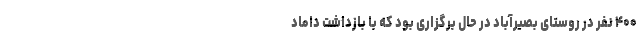
۴۰۰ نفر در روستای بصیرآباد در حال برگزاری بود که با بازداشت داماد